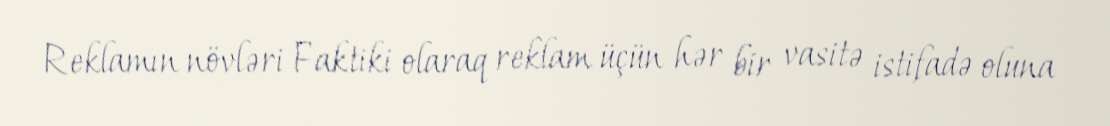
Reklamın növləri Faktiki olaraq reklam üçün hər bir vasitə istifadə oluna